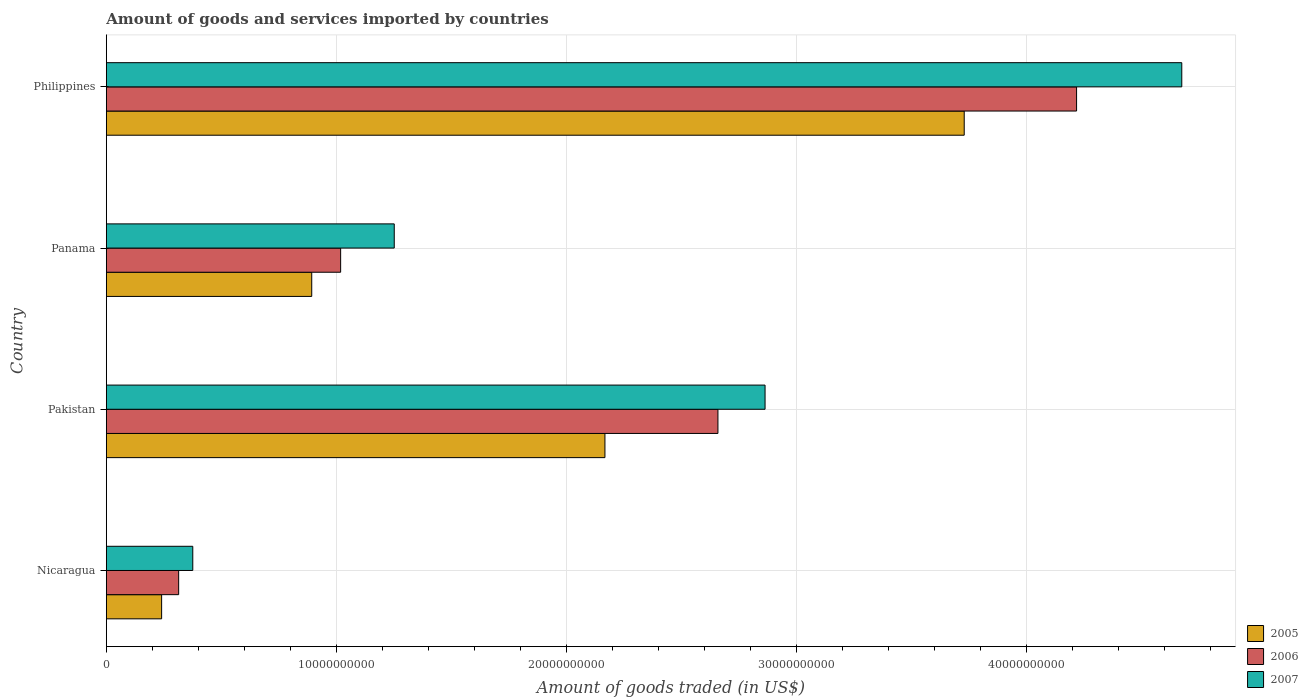
| Country | 2005 | 2006 | 2007 |
 | --- | --- | --- | --- |
 | Nicaragua | 2.4e+09 | 3.14e+09 | 3.76e+09 |
 | Pakistan | 2.17e+10 | 2.66e+10 | 2.86e+10 |
 | Panama | 8.93e+09 | 1.02e+10 | 1.25e+10 |
 | Philippines | 3.73e+10 | 4.22e+10 | 4.68e+10 |